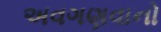
અવગણવાનો